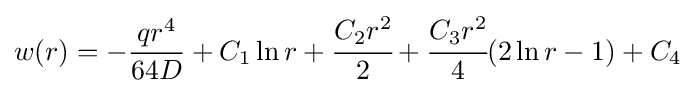
w(r)=-{\frac {qr^{4}}{64D}}+C_{1}\ln r+{\cfrac {C_{2}r^{2}}{2}}+{\cfrac {C_{3}r^{2}}{4}}(2\ln r-1)+C_{4}